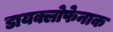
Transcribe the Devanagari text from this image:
डायक्लोफेनाक